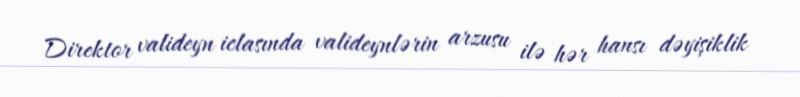
Direktor valideyn iclasında valideynlərin arzusu ilə hər hansı dəyişiklik